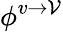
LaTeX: \phi^{v\rightarrow\mathcal{V}}